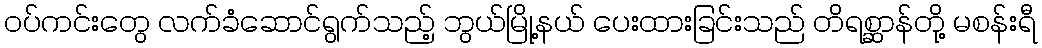
ဝပ်ကင်းတွေ လက်ခံဆောင်ရွက်သည့် ဘွယ်မြို့နယ် ပေးထားခြင်းသည် တိရစ္ဆာန်တို့ မစန်းရီ